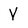
Character: V